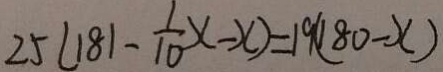
2 5 ( 1 8 1 - \frac { 1 } { 1 0 } x - x ) = 1 9 ( 1 8 0 - x )